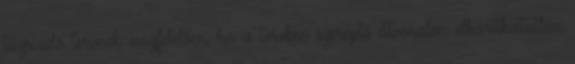
tűzriadó tervnek megfelelően, ha a tervben szereplő útvonalon elháríthatatlan